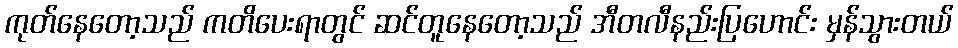
ကုတ်နေတော့သည် ကတိပေးရာတွင် ဆင်တူနေတော့သည် အီတလီနည်းပြဟောင်း မှန်သွားတယ်